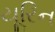
યૂરિન